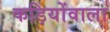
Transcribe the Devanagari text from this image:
कड़ियोंवाला